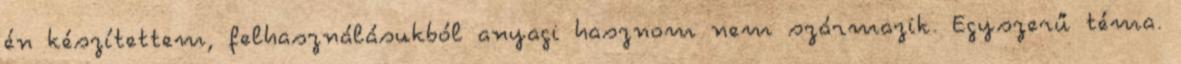
én készítettem, felhasználásukból anyagi hasznom nem származik. Egyszerű téma.